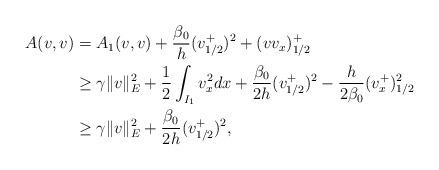
LaTeX: \begin{align*} A(v, v) & = A_1(v, v) +\frac{\beta_0}{h}(v_{1/2}^+)^2 + (vv_x)^+_{1/2} \\ & \geq \gamma \|v\|_E^2 + \frac{1}{2}\int_{I_1}v_x^2dx + \frac{\beta_0}{2h}(v_{1/2}^+)^2 -\frac{h}{2\beta_0}(v_{x}^+)^2_{1/2} \\ & \geq \gamma \|v\|_E^2 +\frac{\beta_0}{2h}(v_{1/2}^+)^2,\end{align*}